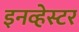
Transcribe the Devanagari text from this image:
इनव्हेस्टर